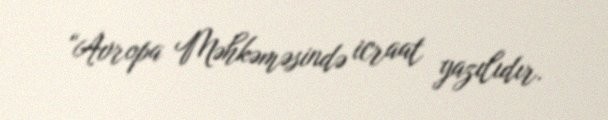
“Avropa Məhkəməsində icraat yazılıdır.